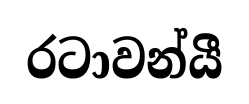
රටාවන්යී